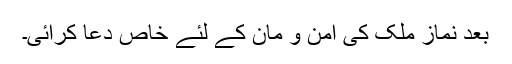
بعد نماز ملک کی امن و مان کے لئے خاص دعا کرائی۔